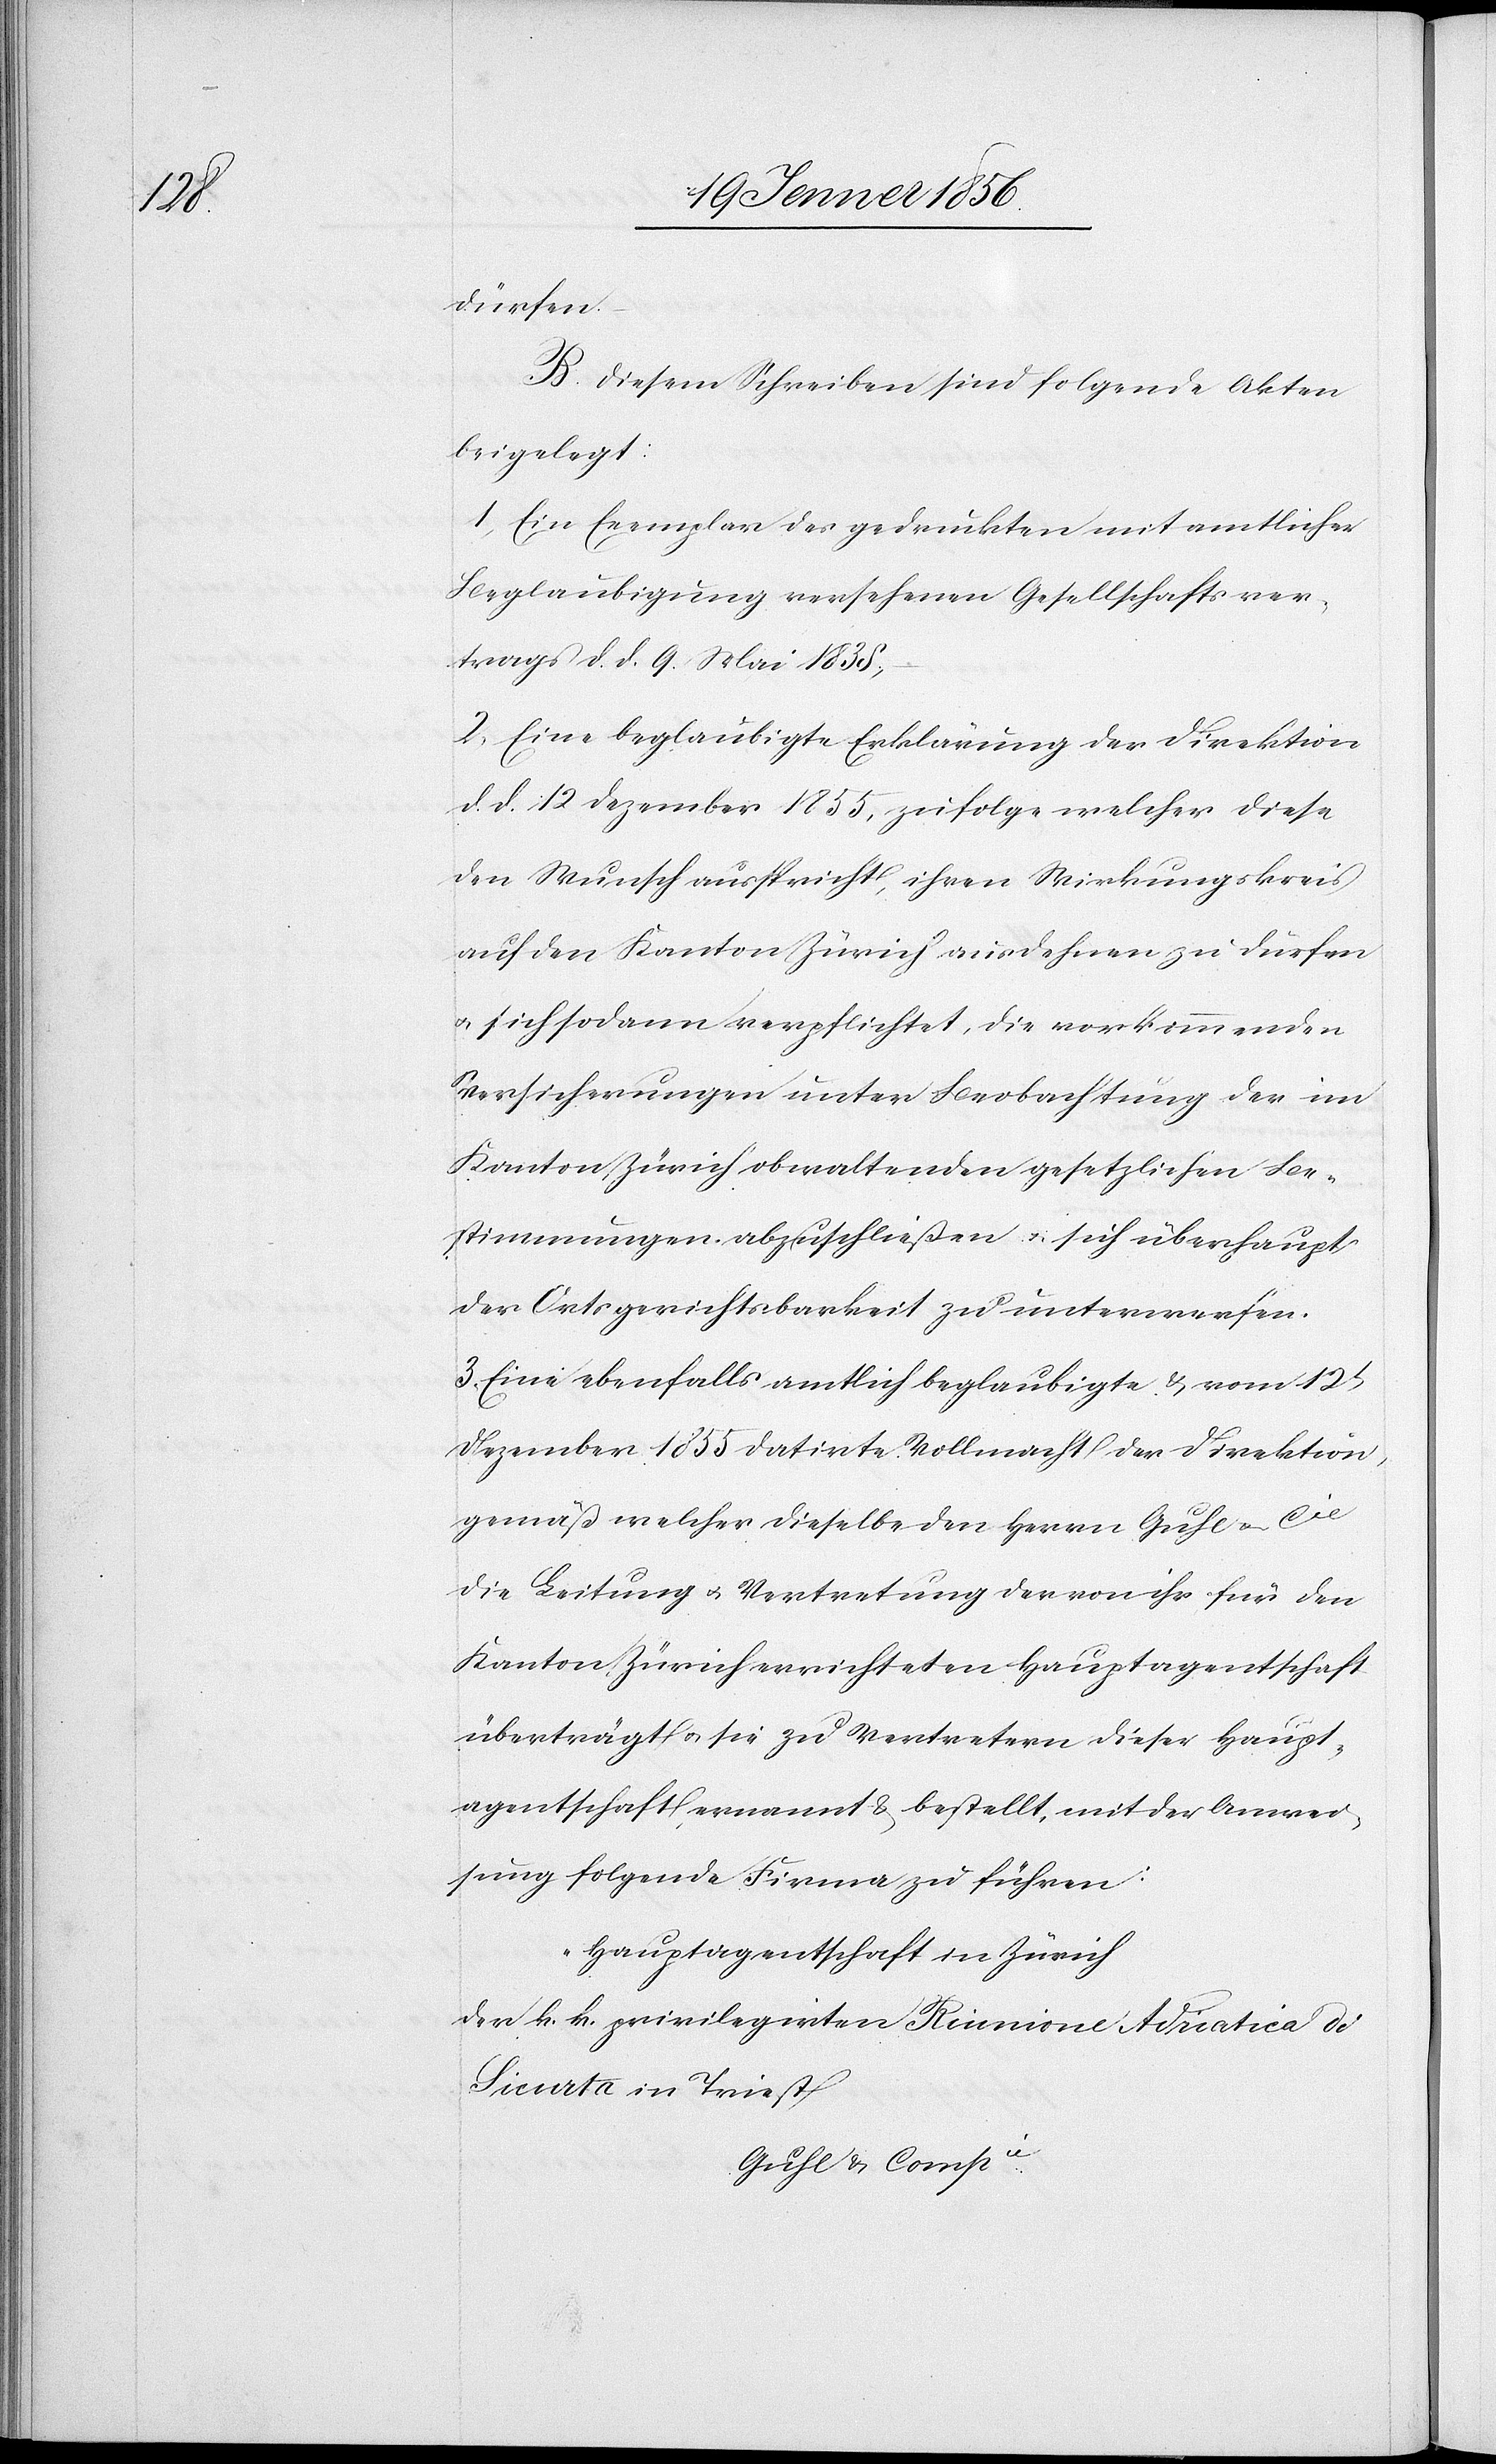
dürfen.
B. Diesem Schreiben sind folgende Akten
beigelegt:
1, Ein Exemplar des gedruckten mit amtlicher
Beglaubigung versehenen Gesellschaftsver¬
trags d. d. 9. Mai 1838.,
2, Eine beglaubigte Erklärung der Direktion
d. d. 12 Dezember 1855, zufolge welcher diese
den Wunsch ausspricht, ihren Wirkungskreis
auf den Kanton Zürich ausdehnen zu dürfen
u. sich sodann verpflichtet, die vorkommenden
Versicherungen unter Beobachtung der im
Kanton Zürich obwaltenden gesetzlichen Be¬
stimmungen abzuschließen u. sich überhaupt
der Ortsgerichtsbarkeit zu unterwerfen.
3., Eine ebenfalls amtlich beglaubigte & vom 12t
Dezember 1855 datirte Vollmacht der Direktion,
gemäß welcher dieselbe den Herrn Guhl u. Cie
die Leitung u. Vertretung der von ihr für den
Kanton Zürich errichteten Haputagentschaft
überträgt u. sie zu Vertretern dieser Haupt¬
agentschaft ernannt & bestellt, mit der Anwei¬
sung folgende Firma zu führen:
"Hauptagentschaft in Zürich
der k. k. privilegirten Riunione Adriatica di
Sicurta in Triest
Guhl u. Compie